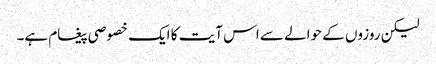
لیکن روزوں کے حوالے سے اس آیت کا ایک خصوصی پیغام ہے۔